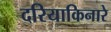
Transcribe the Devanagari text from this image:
दरियाकिनारे